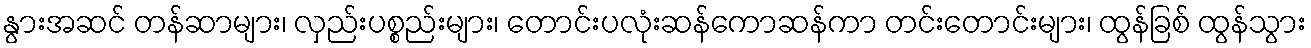
နွားအဆင် တန်ဆာများ၊ လှည်းပစ္စည်းများ၊ တောင်းပလုံးဆန်ကောဆန်ကာ တင်းတောင်းများ၊ ထွန်ခြစ် ထွန်သွား